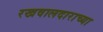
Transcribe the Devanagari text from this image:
रखवालदाराच्या